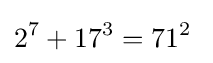
2^{7}+17^{3}=71^{2}\;